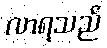
လာရသည်